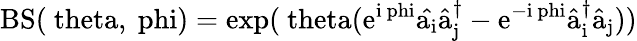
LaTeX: \mathrm{{BS}(\ theta,\ phi)=\exp(\ theta(e^{i\ phi}\hat{a_{i}}\hat{a}_{j}^{\dagger}-e^{-i\ phi}\hat{a}_{i}^{\dagger}\hat{a}_{j}))}